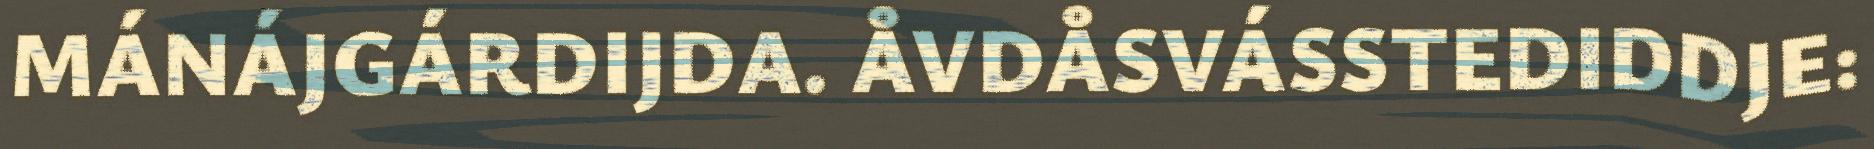
MÁNÁJGÁRDIJDA. ÅVDÅSVÁSSTEDIDDJE: